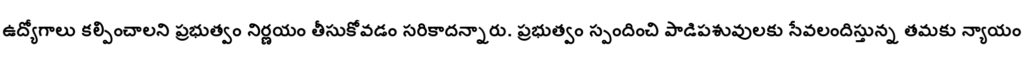
ఉద్యోగాలు కల్పించాలని ప్రభుత్వం నిర్ణయం తీసుకోవడం సరికాదన్నారు. ప్రభుత్వం స్పందించి పాడిపశువులకు సేవలందిస్తున్న తమకు న్యాయం